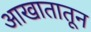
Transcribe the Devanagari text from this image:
आखातातून